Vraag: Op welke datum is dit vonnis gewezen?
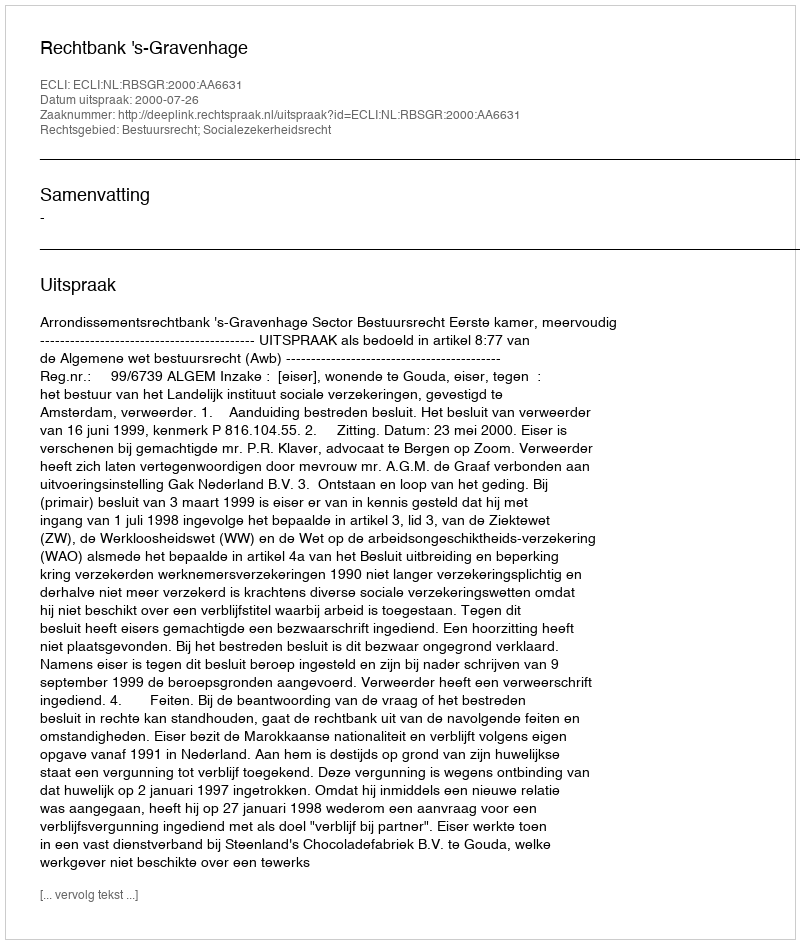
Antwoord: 2000-07-26